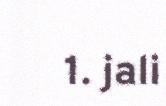
1. jali